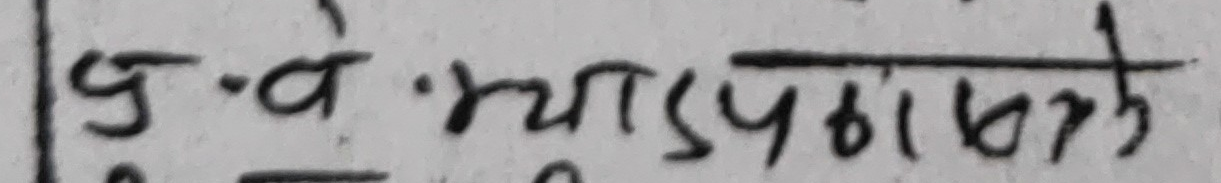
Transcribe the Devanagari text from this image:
पु-वे. भ्यासपाठकोते